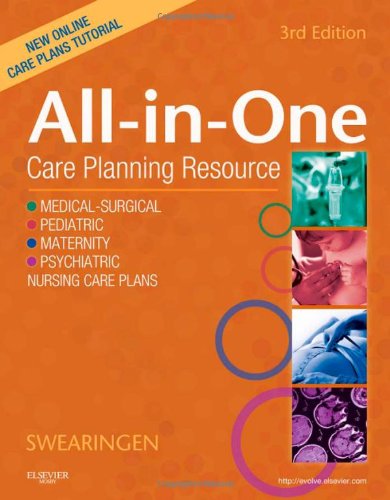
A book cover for All-In-One Care Planning Resource, 3e (All-In-One Care Planning Resource: Medical-Surgical, Pediatric, Matermaternity, & Psychiatric Nursin); Pamela L. Swearingen; Medical Books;